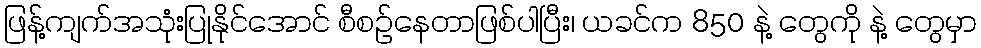
ဖြန့်ကျက်အသုံးပြုနိုင်အောင် စီစဉ်နေတာဖြစ်ပါပြီး၊ ယခင်က 850 နဲ့ တွေကို နဲ့ တွေမှာ